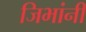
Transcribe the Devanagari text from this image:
जिभांनी